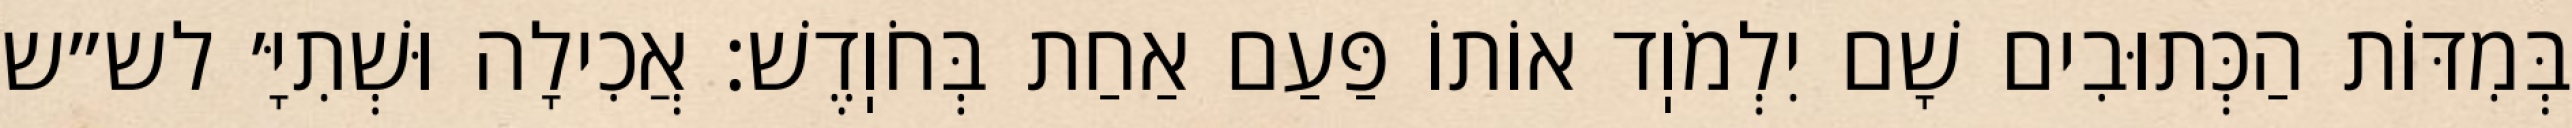
בְּמִדּוֹת הַכְּתוּבִים שָׁם יִלְמֹוֽד אוֹתוֹ פַּעַם אַחַת בְּחֹוֽדֶשׁ: אֲכִילָה וּשְׁתִיָּ׳ לש״ש